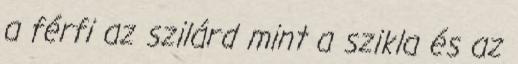
a férfi az szilárd mint a szikla és az